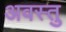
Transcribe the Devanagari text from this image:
अवस्तु